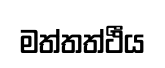
මත්තත්ථීය